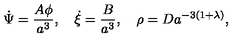
\dot { \Psi } = \frac { A \phi } { a ^ { 3 } } , \quad \dot { \xi } = \frac { B } { a ^ { 3 } } , \quad \rho = D a ^ { - 3 ( 1 + \lambda ) } ,